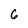
Character: 6